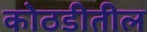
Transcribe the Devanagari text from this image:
कोठडीतील